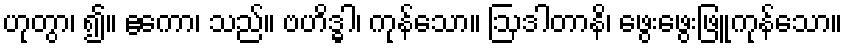
ဟုတွာ၊ ၍။ ဧကော၊ သည်။ ဗဟိဒ္ဓါ၊ ကုန်သော။ ဩဒါတာနိ၊ ဖွေးဖွေးဖြူကုန်သော။